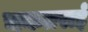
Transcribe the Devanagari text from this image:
चकतराई